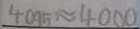
4 0 9 5 \approx 4 0 0 0